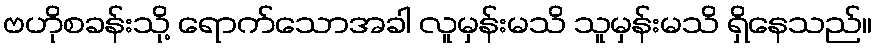
ဗဟိုစခန်းသို့ ရောက်သောအခါ လူမှန်းမသိ သူမှန်းမသိ ရှိနေသည်။